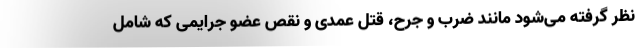
نظر گرفته می‌شود مانند ضرب و جرح، قتل عمدی و نقص عضو جرایمی‌ که شامل